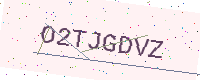
Text: O2TJGDVZ